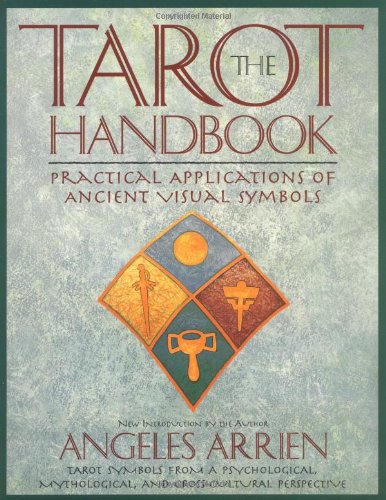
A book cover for The Tarot Handbook: Practical Applications of Ancient Visual Symbols; Angeles Arrien; Religion & Spirituality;